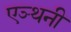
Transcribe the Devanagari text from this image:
एञ्थनी